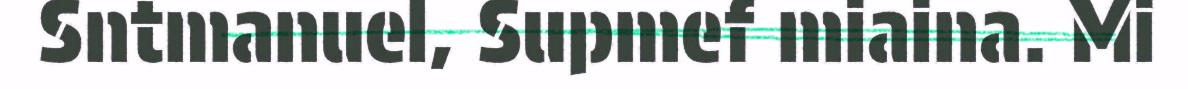
Sntmanuel, Supmef miaina. Mi